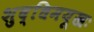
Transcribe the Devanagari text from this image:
शुद्धिमयूखः